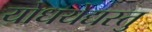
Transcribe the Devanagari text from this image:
योधयेद्यस्तु